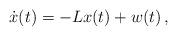
LaTeX: \begin{align*}\dot{x}(t)=-Lx(t)+w(t)\,,\end{align*}